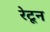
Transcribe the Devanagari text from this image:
रेटून